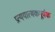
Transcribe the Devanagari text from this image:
प्रत्ययात्मकपूर्वक